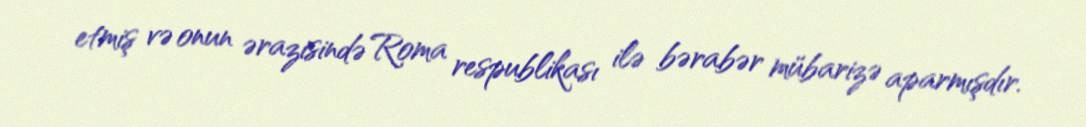
etmiş və onun ərazisində Roma respublikası ilə bərabər mübarizə aparmışdır.